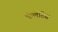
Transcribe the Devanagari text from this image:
कैलोटेस